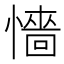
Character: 懎